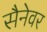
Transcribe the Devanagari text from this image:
सैनेवर